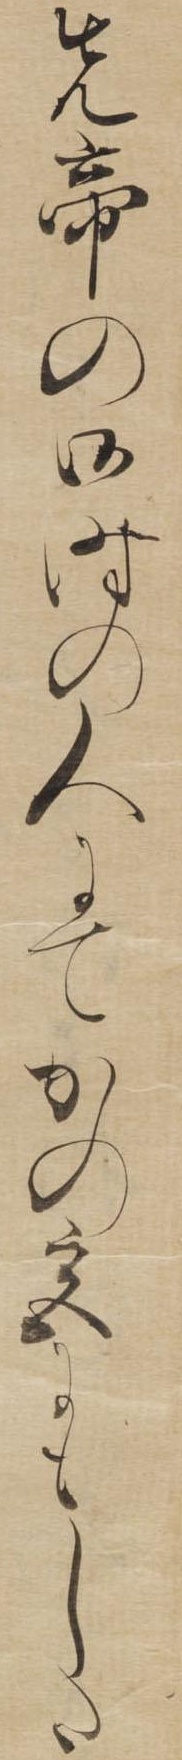
先帝の御時の人にてかの宮にもした